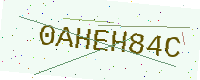
Text: 0AHEH84C